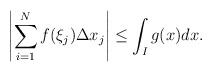
LaTeX: \begin{align*} \left| \sum_{i=1}^N f(\xi_j) \Delta x_j \right| \leq \int_I g(x) dx .\end{align*}